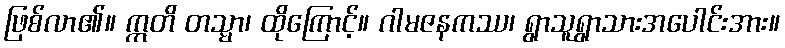
ဖြစ်လာ၏။ ဣတိ တသ္မာ၊ ထိုကြောင့်။ ဂါမဇနကဿ၊ ရွာသူရွာသားအပေါင်းအား။